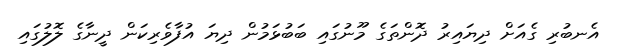
އެނބުރި ގެއަށް ދިޔައިރު ދޮންތަގެ މޫނުގައި ބަބުޅަމުން ދިޔަ އުފާވެރިކަން ދީނާގެ ލޮލުގައި